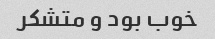
خوب بود و متشکر